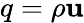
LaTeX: q=\rho\mathbf{u}